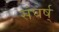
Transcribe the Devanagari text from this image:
संघर्ष्